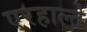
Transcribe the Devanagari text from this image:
एरहाल्ते